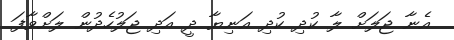
އެނާ ޖަލަށް ލާ ކުދި ކުދި އަނިޔާ ދީ އަދި ޖަލުހެދުން ލަށްވާފަ